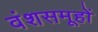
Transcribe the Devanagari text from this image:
वंशसमूहों